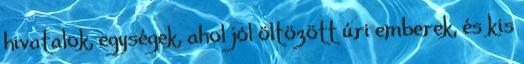
hivatalok, egységek, ahol jól öltözött úri emberek, és kis